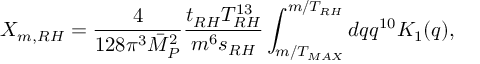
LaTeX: X _ { m , R H } = \frac { 4 } { 1 2 8 \pi ^ { 3 } \bar { M } _ { P } ^ { 2 } } \frac { t _ { R H } T _ { R H } ^ { 1 3 } } { m ^ { 6 } s _ { R H } } \int _ { m / T _ { M A X } } ^ { m / T _ { R H } } d q q ^ { 1 0 } K _ { 1 } ( q ) ,